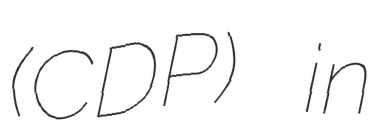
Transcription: (CDP) in